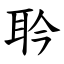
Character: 耹